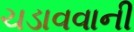
ચડાવવાની